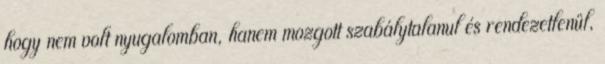
hogy nem volt nyugalomban, hanem mozgott szabálytalanul és rendezetlenül,